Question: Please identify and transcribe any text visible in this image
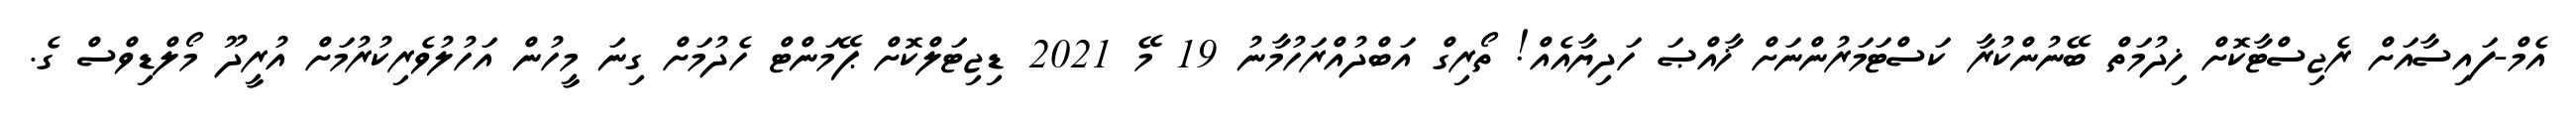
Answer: އެމް-ފައިސާއަށް ރެޖިސްޓާކޮށް ޚިދުމަތް ބޭނުންކުރާ ކަސްޓަމަރުންނަށް ޚާއްޞަ ހަދިޔާއެއް! ތޯރިގް އަބްދުއްރަހުމާނު 19 މޭ 2021 ޑިޖިޓަލްކޮށް ޕޭމަންޓް ހެދުމަށް ގިނަ މީހުން އަހުލުވެރިކުރުމަށް އުރީދޫ މޯލްޑިވްސް ގެ.